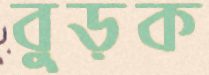
বুড়ক